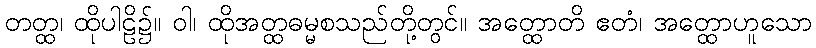
တတ္ထ၊ ထိုပါဠိ၌။ ဝါ၊ ထိုအတ္ထဓမ္မစသည်တို့တွင်။ အတ္ထောတိ ဧတံ၊ အတ္ထောဟူသော